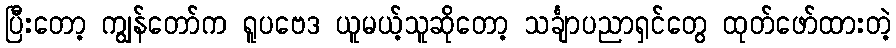
ပြီးတော့ ကျွန်တော်က ရူပဗေဒ ယူမယ့်သူဆိုတော့ သင်္ချာပညာရှင်တွေ ထုတ်ဖော်ထားတဲ့